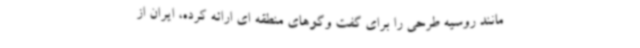
مانند روسیه طرحی را برای گفت وگوهای منطقه ای ارائه کرده، ایران از